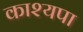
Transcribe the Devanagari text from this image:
काश्यपा